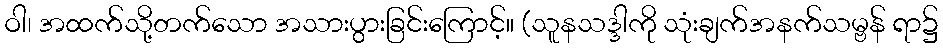
ဝါ၊ အထက်သို့တက်သော အသားပွားခြင်းကြောင့်။ (သူနသဒ္ဒါကို သုံးချက်အနက်သမ္ဗန် ရာ၌